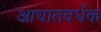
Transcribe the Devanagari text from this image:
आघातवर्धक